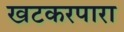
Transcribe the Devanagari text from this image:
खटकरपारा